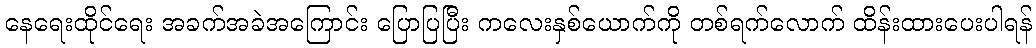
နေရေးထိုင်ရေး အခက်အခဲအကြောင်း ပြောပြပြီး ကလေးနှစ်ယောက်ကို တစ်ရက်လောက် ထိန်းထားပေးပါရန်